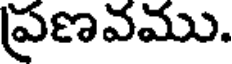
ప్రణవము.